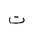
Letter: _ta